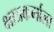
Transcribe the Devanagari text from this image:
क्षात्रकर्माला